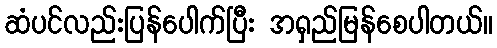
ဆံပင်လည်းပြန်ပေါက်ပြီး အရှည်မြန်စေပါတယ်။